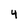
Character: 4